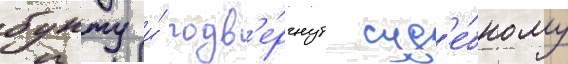
бунту и́ подв'е́ргнут суд'е́бному